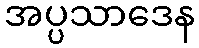
အပ္ပသာဒေန